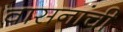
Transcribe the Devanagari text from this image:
वासनांची